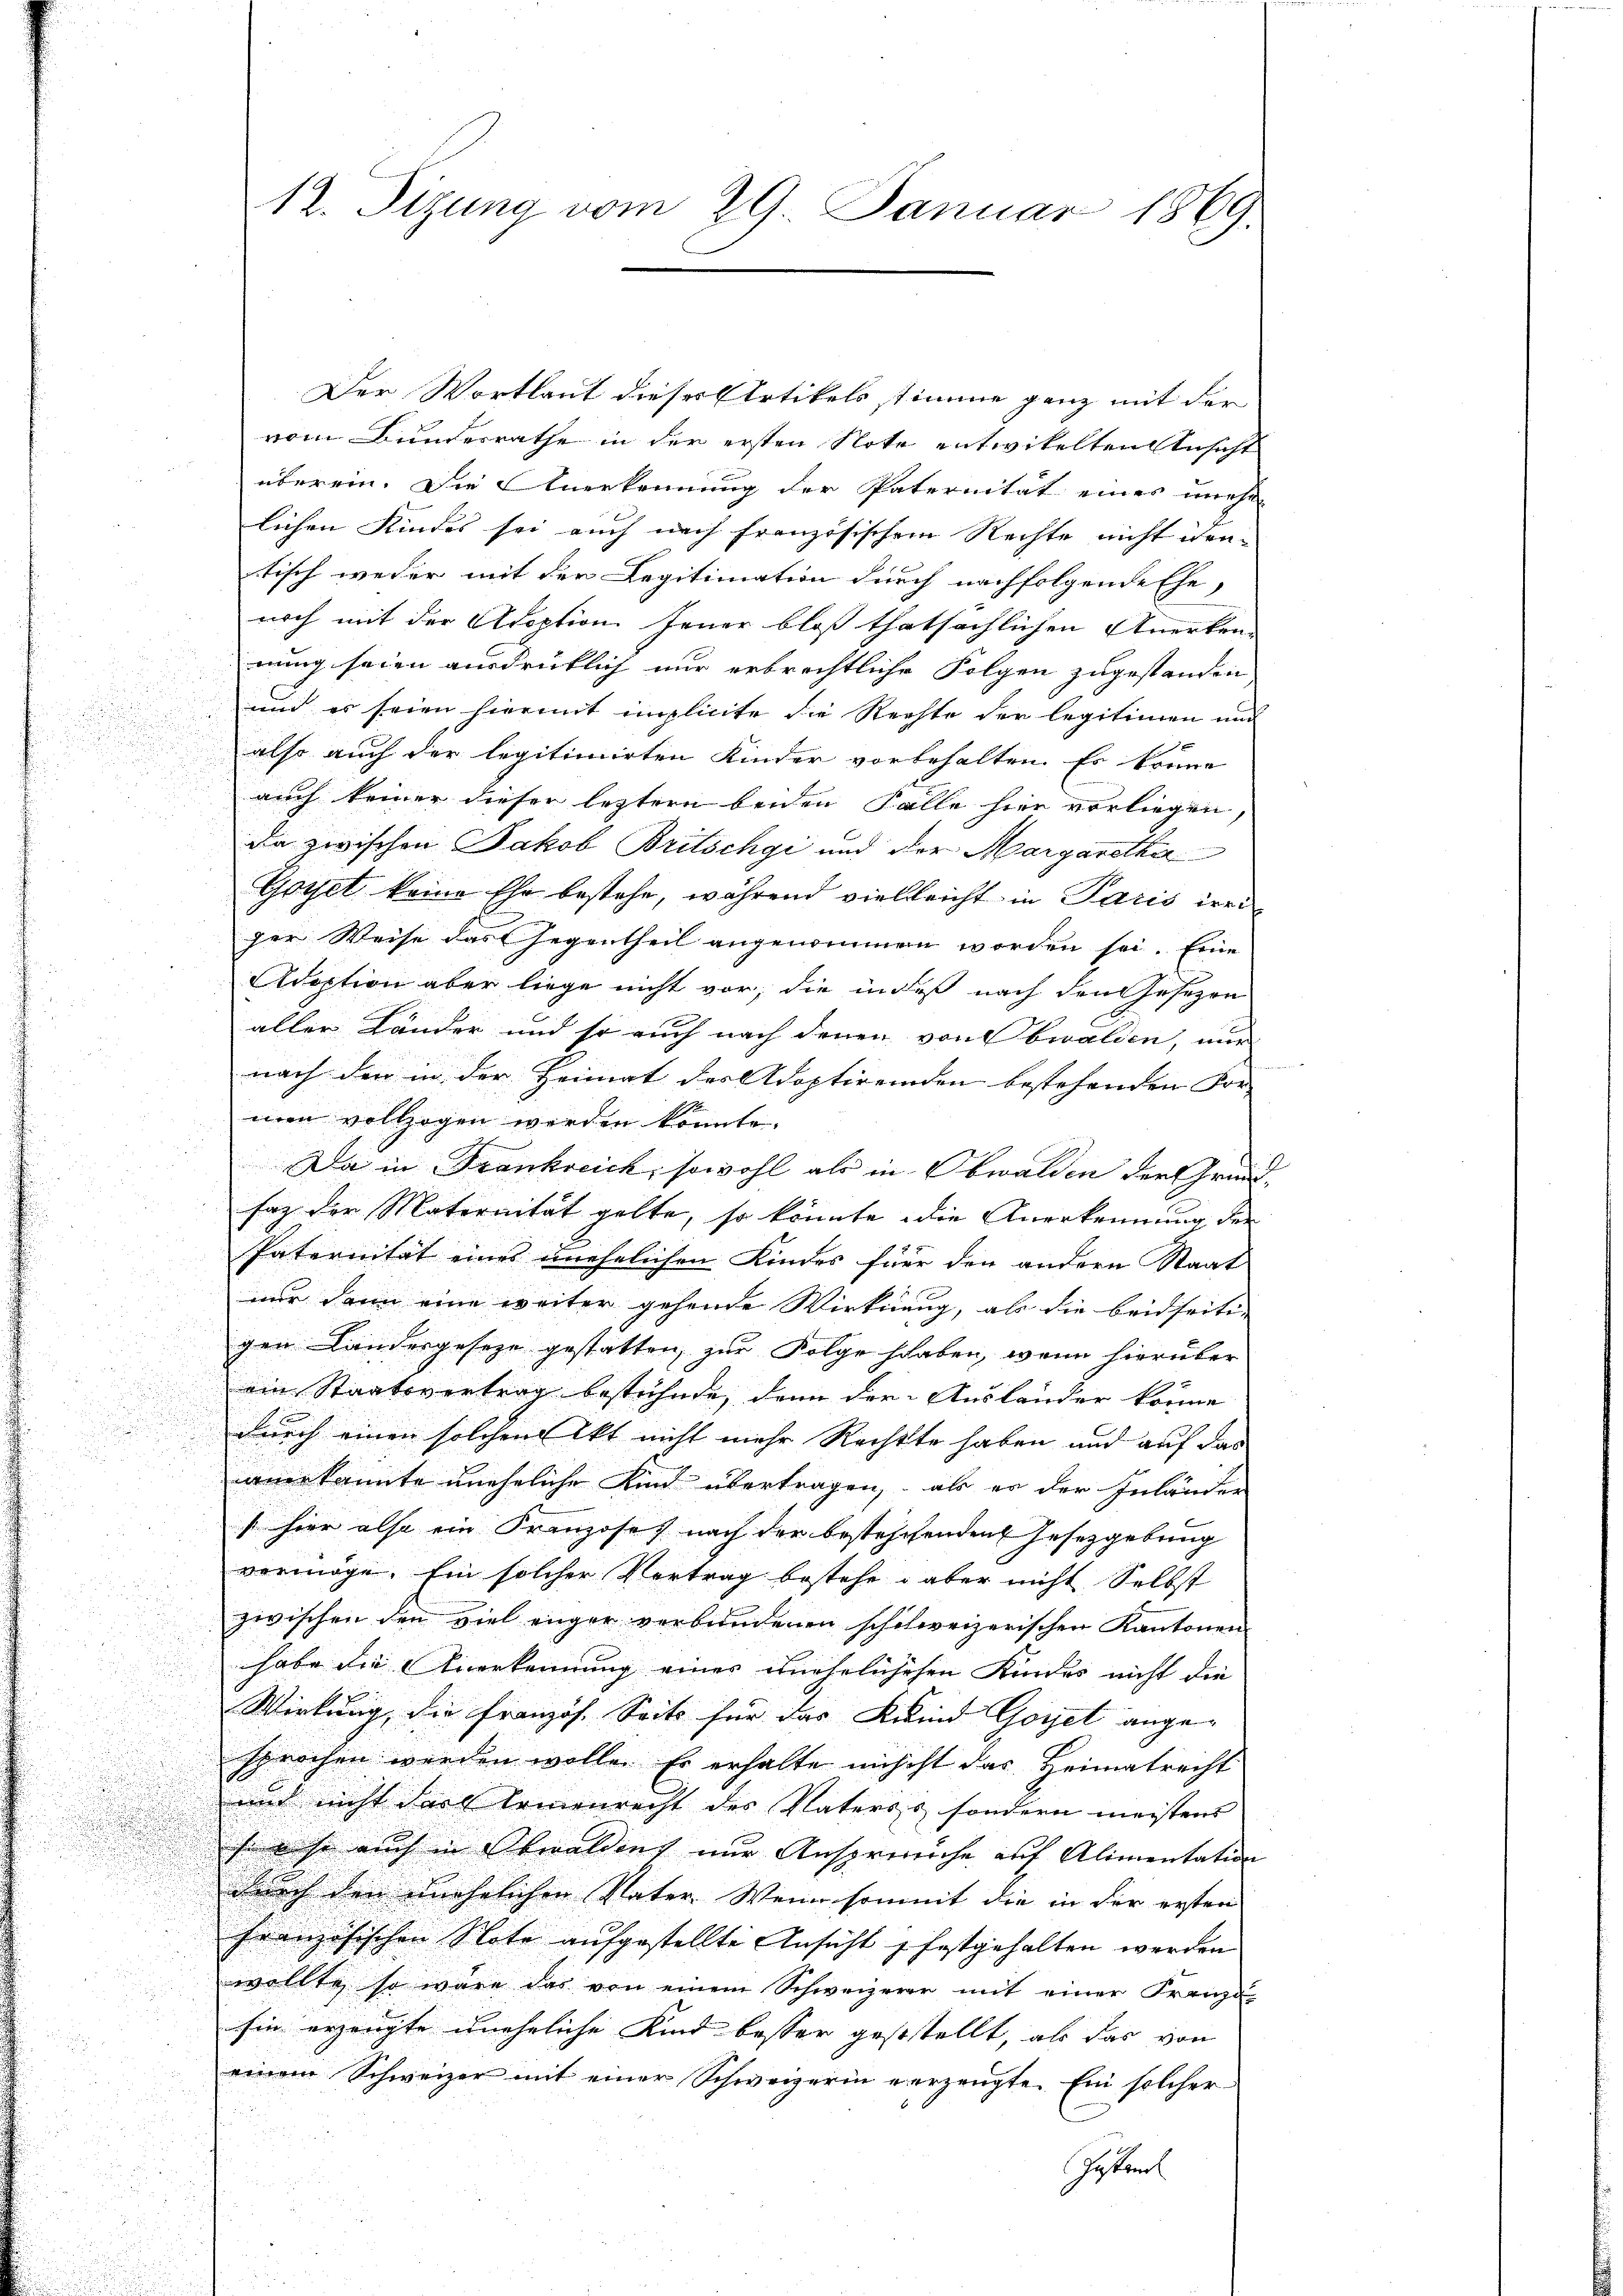
Der Wortlaut dieser Artikels stimme ganz mit der
vom Bundesrathe in der ersten Note entwikelten Ansicht
überein. Die Anerkennung der Paternität eines unehe
lichen Kindes sei auch nach französischem Rechte nicht iden
tisch weder mit der Legitimation durch nachfolgende Ehe-
noch mit der Adoption Jener bloß thatsächlichen Anerken-
rung seien ausdrüklich nur erbrechtliche Folgen zugestanden

und es seien hiermit implicite die Rechte der legitimen und
u
also auch der legitimirten Kinder vorbehalten. Es könne

.
auch keiner dieser letztern beiden Falle hier vorliegen,
u
da zwischen Jakob Britschgi und der Margarethir
Gotel keine Ehe bestehe, während vielleicht in Paris irri
ger Weise darf Gegentheil angenommen worden sei. Eine
Adoption aber liege nicht vor, die indeß nach den Gesezen
aller Länder und so auch nach denen von Obwalden, nur
nach den in der Heimat des Adoptirenden bestehenden For-
nn vollzogen werden könnte.
Da in Frankreich, sowohl als in Obwalden der Grund¬
Faz der Maternität gelte, so könnte die Anerkennung, der
be
Paternität eines unehelichen Kindes für der andern Staat
nur dann eine weiter gehende Wirkung, als die beidseiti-
gen Landesgeseze gestatten, zur Folge haben, wenn hierüber
ein Staatsvertrag bestehende, denn der Ausländer könne
e
.
durch einen solchen Akt nicht mehr Rechtte haben und auf das
anerkannte uneheliche Kind übertragen, als er der Inländen
hier also ein Franzoses nach der bestehenden Gesetzgebung
vermöge. Ein solcher Vortrag bestehe aber nicht Selbst
zwischen den viel enger verbundenen schchweizerischen Kantonen
habe die Anerkennung eines unehelichehen Kindes nicht die
Wirkung, die Französ. Seits für das Kind Goyet angesprochen werden wolle. Er erhalte nicht das Heimatrecht
und nicht darf Armenrecht des Vaters, sondern meistens |
s: so auch in Obwaldens nur Ansprüche auf Alimentation
durch den unehelichen Vater. Wenn sont die in der ersten
französischen Note aufgestellte Ansicht festgehalten werden
wollte, so wäre das von einem Schweizerer mit einer Franz-
sie erzeugte uneheliche Kind besser geststellt, als das von
d
einem Schweizer mit einer Schweizerin verzeugte. Ein solcher
Posten

n

12. Sizung vom 29. Januar 1869.

b